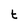
Character: t